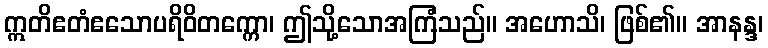
ဣတိဧတံဧသောပရိဝိတက္ကော၊ ဤသို့သောအကြံသည်။ အဟောသိ၊ ဖြစ်၏။ အာနန္ဒ၊